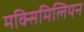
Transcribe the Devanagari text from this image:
मक्सिमिलियन